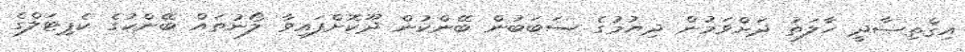
އިޤްތިޞާދީ ހާލަތު ދަށްވަމުން ދިޔުމުގެ ސަބަބުން ބޭންކުން ދޫކޮށްފައިވާ ލޯނުތައް ބޭންކުގެ ކެޕިޓަލްގެ